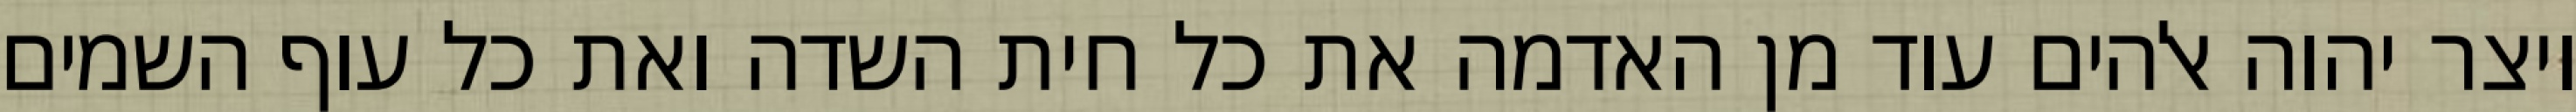
ויצר יהוה אלהים עוד מן האדמה את כל חית השדה ואת כל עוף השמים